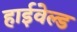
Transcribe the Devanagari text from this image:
हाईवेल्ड